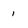
Character: 1